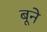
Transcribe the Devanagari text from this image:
बूने